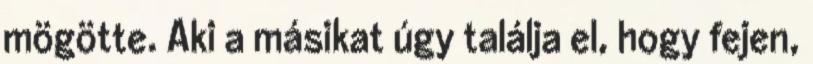
mögötte. Aki a másikat úgy találja el, hogy fejen,